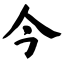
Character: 今